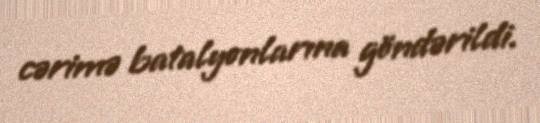
cərimə batalyonlarına göndərildi.